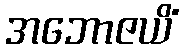
အဘောဇယိံ